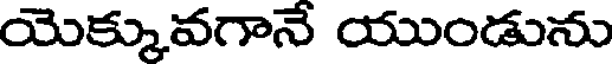
యెక్కువగానే యుండును